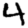
Digit: 4